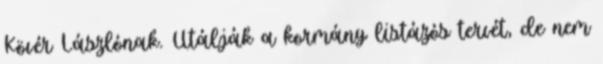
Kövér Lászlónak. Utálják a kormány listázós tervét, de nem